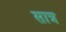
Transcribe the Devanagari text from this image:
सात्र